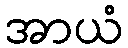
အာယံ